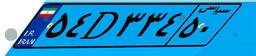
۵۴D۳۳۴۵۰